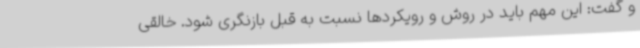
و گفت: این مهم باید در روش و رویکردها نسبت به قبل بازنگری شود. خالقی